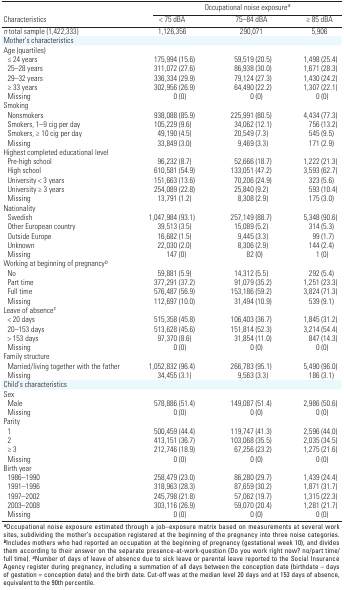
<table><thead><tr><td rowspan="2"><b>Characteristics<i></i></b></td><td colspan="3"><b>Occupational noise exposure<sup><i>a</i></sup></b></td></tr><tr><td><b>&lt; 75 dBA</b></td><td><b>75–84 dBA</b></td><td><b>≥ 85 dBA</b></td></tr></thead><tbody><tr><td><b><i>n</i> total sample (1,422,333) </b></td><td>1,126,356</td><td>290,071</td><td>5,906</td></tr><tr><td><b>Mother’s characteristics</b></td></tr><tr><td><b>Age (quartiles) </b></td></tr><tr><td><b>≤ 24 years</b></td><td>175,994 (15.6)</td><td>59,519 (20.5)</td><td>1,498 (25.4)</td></tr><tr><td><b>25–28 years</b></td><td>311,072 (27.6)</td><td>86,938 (30.0)</td><td>1,671 (28.3)</td></tr><tr><td><b>29–32 years</b></td><td>336,334 (29.9)</td><td>79,124 (27.3)</td><td>1,430 (24.2)</td></tr><tr><td><b>≥ 33 years</b></td><td>302,956 (26.9)</td><td>64,490 (22.2)</td><td>1,307 (22.1)</td></tr><tr><td><b>Missing</b></td><td>0 (0)</td><td>0 (0)</td><td>0 (0)</td></tr><tr><td><b>Smoking</b></td></tr><tr><td><b>Nonsmokers</b></td><td>938,088 (85.9)</td><td>225,991 (80.5)</td><td>4,434 (77.3)</td></tr><tr><td><b>Smokers, 1–9 cig per day</b></td><td>105,229 (9.6)</td><td>34,062 (12.1)</td><td>756 (13.2)</td></tr><tr><td><b>Smokers, ≥ 10 cig per day</b></td><td>49,190 (4.5)</td><td>20,549 (7.3)</td><td>545 (9.5)</td></tr><tr><td><b>Missing</b></td><td>33,849 (3.0)</td><td>9,469 (3.3)</td><td>171 (2.9)</td></tr><tr><td><b>Highest completed educational level</b></td></tr><tr><td><b>Pre-high school</b></td><td>96,232 (8.7)</td><td>52,666 (18.7)</td><td>1,222 (21.3)</td></tr><tr><td><b>High school</b></td><td>610,581 (54.9)</td><td>133,051 (47.2)</td><td>3,593 (62.7)</td></tr><tr><td><b>University &lt; 3 years</b></td><td>151,663 (13.6)</td><td>70,206 (24.9)</td><td>323 (5.6)</td></tr><tr><td><b>University ≥ 3 years</b></td><td>254,089 (22.8)</td><td>25,840 (9.2)</td><td>593 (10.4)</td></tr><tr><td><b>Missing</b></td><td>13,791 (1.2)</td><td>8,308 (2.9)</td><td>175 (3.0)</td></tr><tr><td><b>Nationality</b></td></tr><tr><td><b>Swedish</b></td><td>1,047,984 (93.1)</td><td>257,149 (88.7)</td><td>5,348 (90.6)</td></tr><tr><td><b>Other European country</b></td><td>39,513 (3.5)</td><td>15,089 (5.2)</td><td>314 (5.3)</td></tr><tr><td><b>Outside Europe</b></td><td>16,682 (1.5)</td><td>9,445 (3.3)</td><td>99 (1.7)</td></tr><tr><td><b>Unknown</b></td><td>22,030 (2.0)</td><td>8,306 (2.9)</td><td>144 (2.4)</td></tr><tr><td><b>Missing</b></td><td>147 (0)</td><td>82 (0)</td><td>1 (0)</td></tr><tr><td><b>Working at beginning of pregnancy<sup><i>b</i></sup></b></td></tr><tr><td><b>No</b></td><td>59,881 (5.9)</td><td>14,312 (5.5)</td><td>292 (5.4)</td></tr><tr><td><b>Part time</b></td><td>377,291 (37.2)</td><td>91,079 (35.2)</td><td>1,251 (23.3)</td></tr><tr><td><b>Full time</b></td><td>576,487 (56.9)</td><td>153,186 (59.2)</td><td>3,824 (71.3)</td></tr><tr><td><b>Missing</b></td><td>112,697 (10.0)</td><td>31,494 (10.9)</td><td>539 (9.1)</td></tr><tr><td><b>Leave of absence<sup><i>c</i></sup></b></td></tr><tr><td><b>&lt; 20 days</b></td><td>515,358 (45.8)</td><td>106,403 (36.7)</td><td>1,845 (31.2)</td></tr><tr><td><b>20–153 days</b></td><td>513,628 (45.6)</td><td>151,814 (52.3)</td><td>3,214 (54.4)</td></tr><tr><td><b>&gt; 153 days</b></td><td>97,370 (8.6)</td><td>31,854 (11.0)</td><td>847 (14.3)</td></tr><tr><td><b>Missing</b></td><td>0 (0)</td><td>0 (0)</td><td>0 (0)</td></tr><tr><td><b>Family structure</b></td></tr><tr><td><b>Married/living together with the father</b></td><td>1,052,832 (96.4)</td><td>266,783 (95.1)</td><td>5,490 (96.0)</td></tr><tr><td><b>Missing</b></td><td>34,455 (3.1)</td><td>9,563 (3.3)</td><td>186 (3.1)</td></tr><tr><td><b>Child’s characteristics</b></td></tr><tr><td><b>Sex</b></td></tr><tr><td><b>Male</b></td><td>578,886 (51.4)</td><td>149,087 (51.4)</td><td>2,986 (50.6)</td></tr><tr><td><b>Missing</b></td><td>0 (0)</td><td>0 (0)</td><td>0 (0)</td></tr><tr><td><b>Parity</b></td></tr><tr><td><b>1</b></td><td>500,459 (44.4)</td><td>119,747 (41.3)</td><td>2,596 (44.0)</td></tr><tr><td><b>2</b></td><td>413,151 (36.7)</td><td>103,068 (35.5)</td><td>2,035 (34.5)</td></tr><tr><td><b>≥ 3</b></td><td>212,746 (18.9)</td><td>67,256 (23.2)</td><td>1,275 (21.6)</td></tr><tr><td><b>Missing</b></td><td>0 (0)</td><td>0 (0)</td><td>0 (0)</td></tr><tr><td><b>Birth year</b></td></tr><tr><td><b>1986–1990</b></td><td>258,479 (23.0)</td><td>86,280 (29.7)</td><td>1,439 (24.4)</td></tr><tr><td><b>1991–1996</b></td><td>318,963 (28.3)</td><td>87,659 (30.2)</td><td>1,871 (31.7)</td></tr><tr><td><b>1997–2002</b></td><td>245,798 (21.8)</td><td>57,062 (19.7)</td><td>1,315 (22.3)</td></tr><tr><td><b>2003–2008</b></td><td>303,116 (26.9)</td><td>59,070 (20.4)</td><td>1,281 (21.7)</td></tr><tr><td><b>Missing</b></td><td>0 (0)</td><td>0 (0)</td><td>0 (0)</td></tr><tr><td colspan="4"><sup><i><b>a</b></i></sup>Occupational noise exposure estimated through a job–exposure matrix based on measurements at several work sites, subdividing the mother’s occupation registered at the beginning of the pregnancy into three noise categories. <sup><i><b>b</b></i></sup>Includes mothers who had reported an occupation at the beginning of pregnancy (gestational week 10), and divides them according to their answer on the separate presence-at-work-question (Do you work right now? no/part time/full time). <sup><i><b>c</b></i></sup>Number of days of leave of absence due to sick leave or parental leave reported to the Social Insurance Agency register during pregnancy, including a summation of all days between the conception date (birthdate – days of gestation = conception date) and the birth date. Cut-off was at the median level 20 days and at 153 days of absence, equivalent to the 90th percentile.</td></tr></tbody></table>